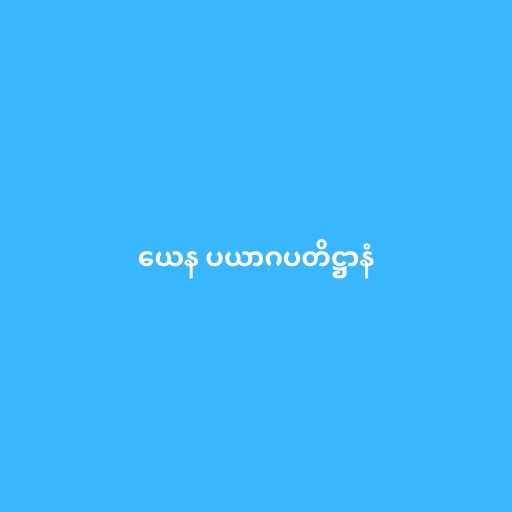
ယေန ပယာဂပတိဋ္ဌာနံ